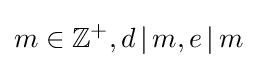
m\in \mathbb {Z} ^{+},d\,|\,m,e\,|\,m